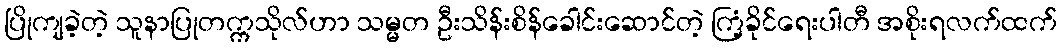
ပြိုကျခဲ့တဲ့ သူနာပြုတက္ကသိုလ်ဟာ သမ္မတ ဦးသိန်းစိန်ခေါင်းဆောင်တဲ့ ကြံ့ခိုင်ရေးပါတီ အစိုးရလက်ထက်